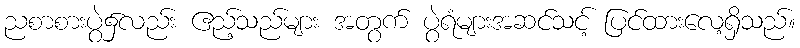
ညစာစားပွဲ၌လည်း ဧည့်သည်များ အတွက် ပွဲရံများအဆင်သင့် ပြင်ထားလေ့ရှိသည်။